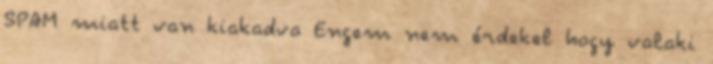
SPAM miatt van kiakadva Engem nem érdekel hogy valaki